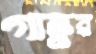
গাভুর